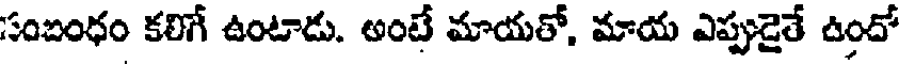
సంబంధం కలిగే ఉంటాడు. అంటే మాయతో, మాయ ఎప్పుడైతే ఉందో